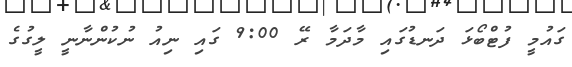
ގައުމީ ފުޓްބޯޅަ ދަނޑުގައި މާދަމާ ރޭ 9:00 ގައި ނިއު ނުކުންނާނީ ލީގުގެ